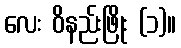
လေး ဝိနည်းဖြိုး (၁)။